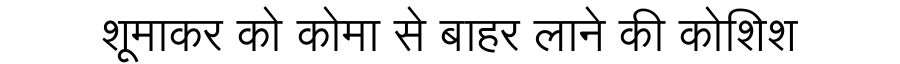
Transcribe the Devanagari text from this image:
शूमाकर को कोमा से बाहर लाने की कोशिश